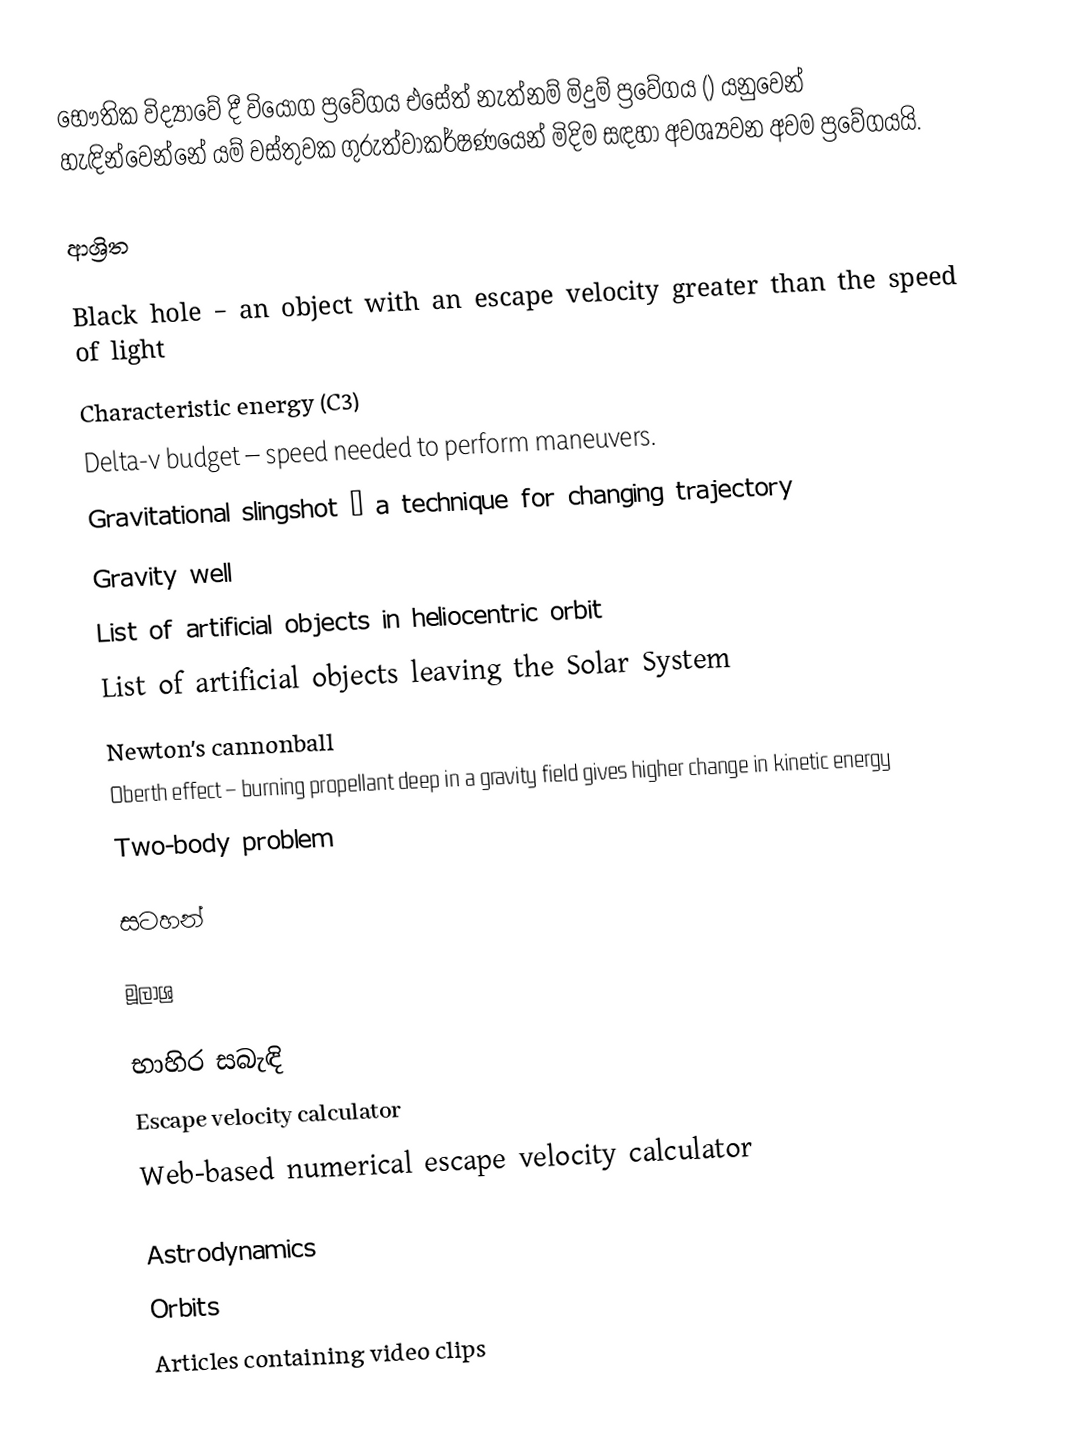
භෞතික විද්‍යාවේ දී වියෝග ප්‍රවේගය එසේත් නැත්නම් මිදුම් ප්‍රවේගය () යනුවෙන් හැඳින්වෙන්නේ යම් වස්තුවක ගුරුත්වාකර්ෂණයෙන් මිදිම සඳහා අවශ්‍යවන අවම ප්‍රවේගයයි.

ආශ්‍රිත

 Black hole – an object with an escape velocity greater than the speed of light
 Characteristic energy (C3)
 Delta-v budget – speed needed to perform maneuvers.
 Gravitational slingshot – a technique for changing trajectory
 Gravity well
 List of artificial objects in heliocentric orbit
 List of artificial objects leaving the Solar System
 Newton's cannonball
 Oberth effect – burning propellant deep in a gravity field gives higher change in kinetic energy
 Two-body problem

සටහන්

මූලාශ්‍ර

භාහිර සබැඳි
 Escape velocity calculator
 Web-based numerical escape velocity calculator

Astrodynamics
Orbits
Articles containing video clips